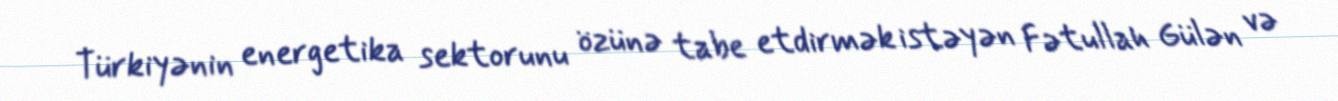
Türkiyənin energetika sektorunu özünə tabe etdirmək istəyən Fətullah Gülən və